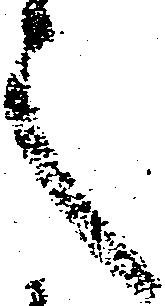
之